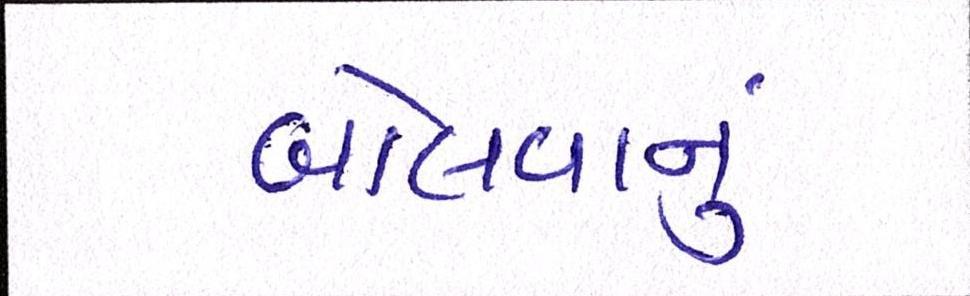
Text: બોલવાનું